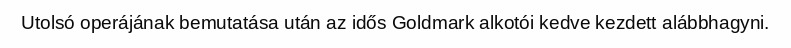
Utolsó operájának bemutatása után az idős Goldmark alkotói kedve kezdett alábbhagyni.